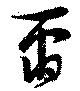
爾